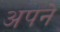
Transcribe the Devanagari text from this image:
अपने